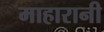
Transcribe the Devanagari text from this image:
माहारानी